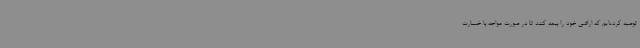
توصیه کرده‌ایم که اراضی خود را بیمه کنند تا در صورت مواجه با خسارت